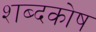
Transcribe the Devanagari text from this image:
शब्‍दकोष